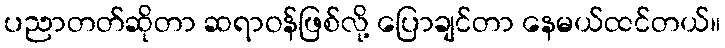
ပညာတတ်ဆိုတာ ဆရာဝန်ဖြစ်လို့ ပြောချင်တာ နေမယ်ထင်တယ်။